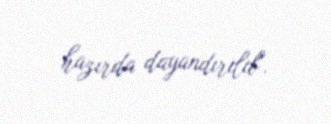
hazırda dayandırılıb".